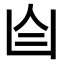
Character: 𦣹